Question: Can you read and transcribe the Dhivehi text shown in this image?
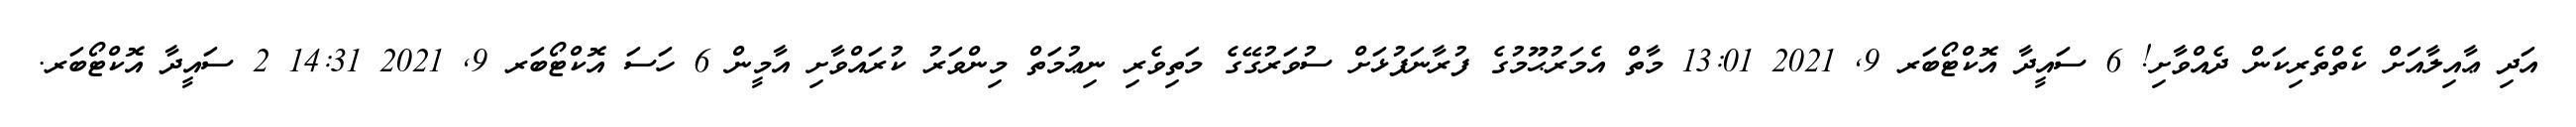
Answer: އަދި ޢާއިލާއަށް ކެތްތެރިކަން ދެއްވާށި! 6 ސައީދާ އޮކްޓޯބަރ 9, 2021 13:01 މާތް އެމަރުޙޫމުގެ ފުރާނަފުޅަށް ސުވަރުގޭގެ މަތިވެރި ނިޢުމަތް މިންވަރު ކުރައްވާށި އާމީން 6 ހަސަ އޮކްޓޯބަރ 9, 2021 14:31 2 ސައީދާ އޮކްޓޯބަރ.